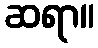
ဆရာ။